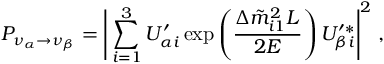
P _ { \nu _ { \alpha } \rightarrow \nu _ { \beta } } = \Bigg | \sum _ { i = 1 } ^ { 3 } U _ { \alpha i } ^ { \prime } \exp \left( \frac { \Delta \tilde { m } _ { i 1 } ^ { 2 } L } { 2 E } \right) U _ { \beta i } ^ { \prime \ast } \Bigg | ^ { 2 } \; ,